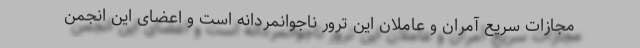
مجازات سریع آمران و عاملان این ترور ناجوانمردانه است و اعضای این انجمن